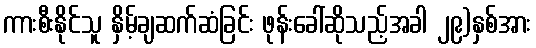
ကားစီးနိုင်သူ နှိမ့်ချဆက်ဆံခြင်း ဖုန်းခေါ်ဆိုသည့်အခါ ၂၉)နှစ်အား